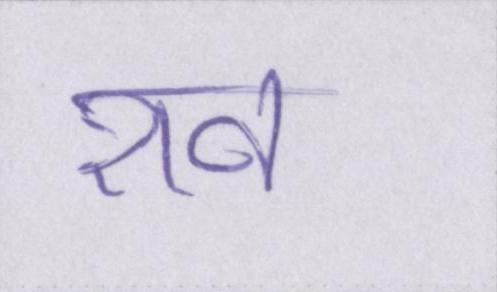
शव